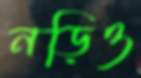
নড়িও